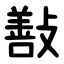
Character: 㪨